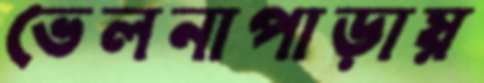
ভেলনাপাড়ায়